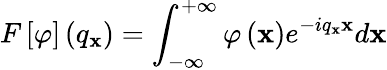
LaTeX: F\left[\varphi\right]\left({{q}_{\mathbf{x}}}\right)=\int_{-\infty}^{+\infty}{\varphi\left(\mathbf{x}\right){{e}^{-i{{q}_{\mathbf{x}}}\mathbf{x}}}d\mathbf{x}}